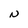
Character: N